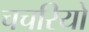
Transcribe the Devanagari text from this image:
चचरियों